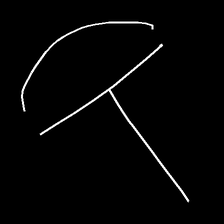
Glyph: dispersion